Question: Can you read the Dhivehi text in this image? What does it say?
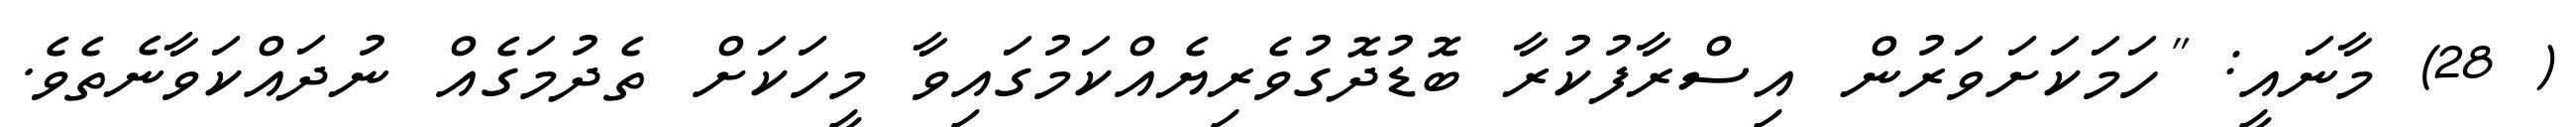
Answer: ( 28) މާނައީ: "ހަމަކަށަވަރުން އިސްރާފުކުރާ ބޮޑުދޮގުވެރިޔެއްކަމުގައިވާ މީހަކަށް ތެދުމަގެއް ނުދައްކަވާނެތެވެ.